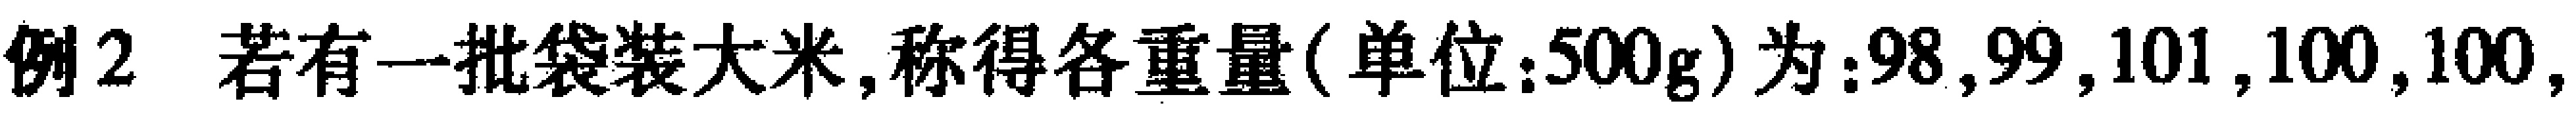
例2 若有一批袋装大米, 称得各重量(单位:500g)为:98,99,101,100,100,